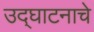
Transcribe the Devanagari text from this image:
उद्‌घाटनाचे